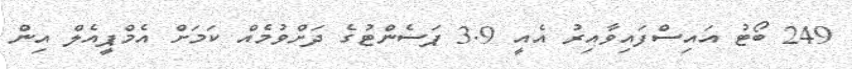
249 ބޯޓު އައިސްފައިވާއިރު އެއީ 3.9 ޕަސެންޓުގެ ދަށްވުމެއް ކަމަށް އެމްޕީއެލް އިން